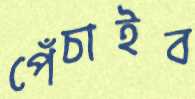
পেঁচাইব